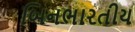
બિનભારતીય